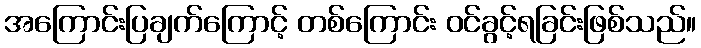
အကြောင်းပြချက်ကြောင့် တစ်ကြောင်း ဝင်ခွင့်ရခြင်းဖြစ်သည်။